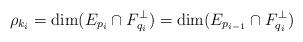
LaTeX: \begin{align*} \rho_{k_i} = \dim(E_{p_i} \cap F_{q_i}^\perp) = \dim(E_{p_{i-1}} \cap F_{q_i}^\perp) \\\end{align*}